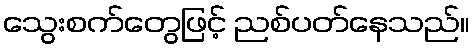
သွေးစက်တွေဖြင့် ညစ်ပတ်နေသည်။